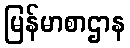
မြန်မာစာဌာန